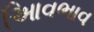
આિવભાવ